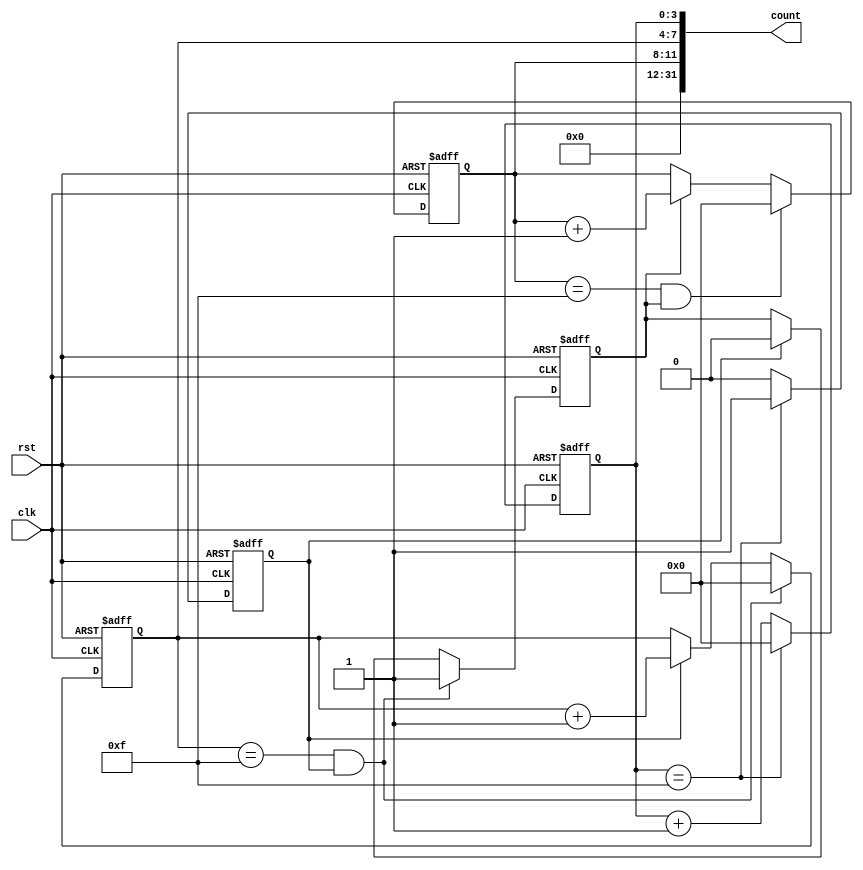
module CascadedCounter(
  input wire clk,
  input wire rst,
  output reg [31:0] count
);

reg [3:0] counter1, counter2, counter3;
reg carry1, carry2;

// Individual counter logic
always @(posedge clk or posedge rst) begin
  if (rst) begin
    counter1 <= 0;
    counter2 <= 0;
    counter3 <= 0;
    carry1 <= 0;
    carry2 <= 0;
  end else begin
    if (counter1 == 15) begin
      counter1 <= 0;
      carry1 <= 1;
    end else begin
      counter1 <= counter1 + 1;
      carry1 <= 0;
    end
    
    if (counter2 == 15 && carry1) begin
      counter2 <= 0;
      carry2 <= 1;
    end else if (carry1) begin
      counter2 <= counter2 + 1;
      carry2 <= 0;
    end
    
    if (counter3 == 15 && carry2) begin
      counter3 <= 0;
    end else if (carry2) begin
      counter3 <= counter3 + 1;
    end
  end
end

// Output the cascaded count value
assign count = {counter3, counter2, counter1};

endmodule